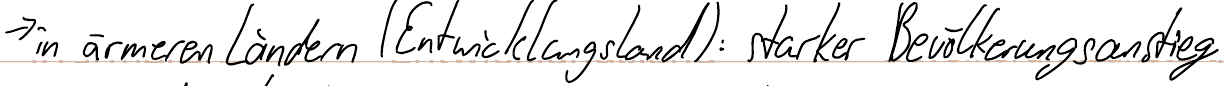
-> in ärmeren Ländern (Entwicklungsland): starker Bevölkerungsanstieg